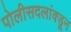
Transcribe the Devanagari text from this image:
पोलीसदलांक्डून